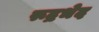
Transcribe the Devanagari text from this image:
रूद्रभेद